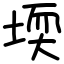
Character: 堧